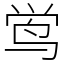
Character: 鸴